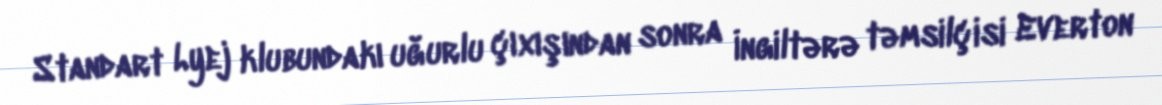
Standart Lyej klubundakı uğurlu çıxışından sonra İngiltərə təmsilçisi Everton